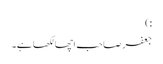
:)
جعفر صاحب اچھا لکھا ہے۔